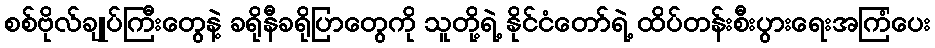
စစ်ဗိုလ်ချုပ်ကြီးတွေနဲ့ ခရိုနီခရိုပြာတွေကို သူတို့ရဲ့ နိုင်ငံတော်ရဲ့ ထိပ်တန်းစီးပွားရေးအကြံပေး